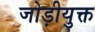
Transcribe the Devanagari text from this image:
जोड़ीयुक्त